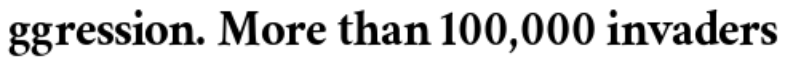
ggression. More than 100,000 invaders